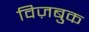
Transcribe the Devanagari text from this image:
विज़बुक